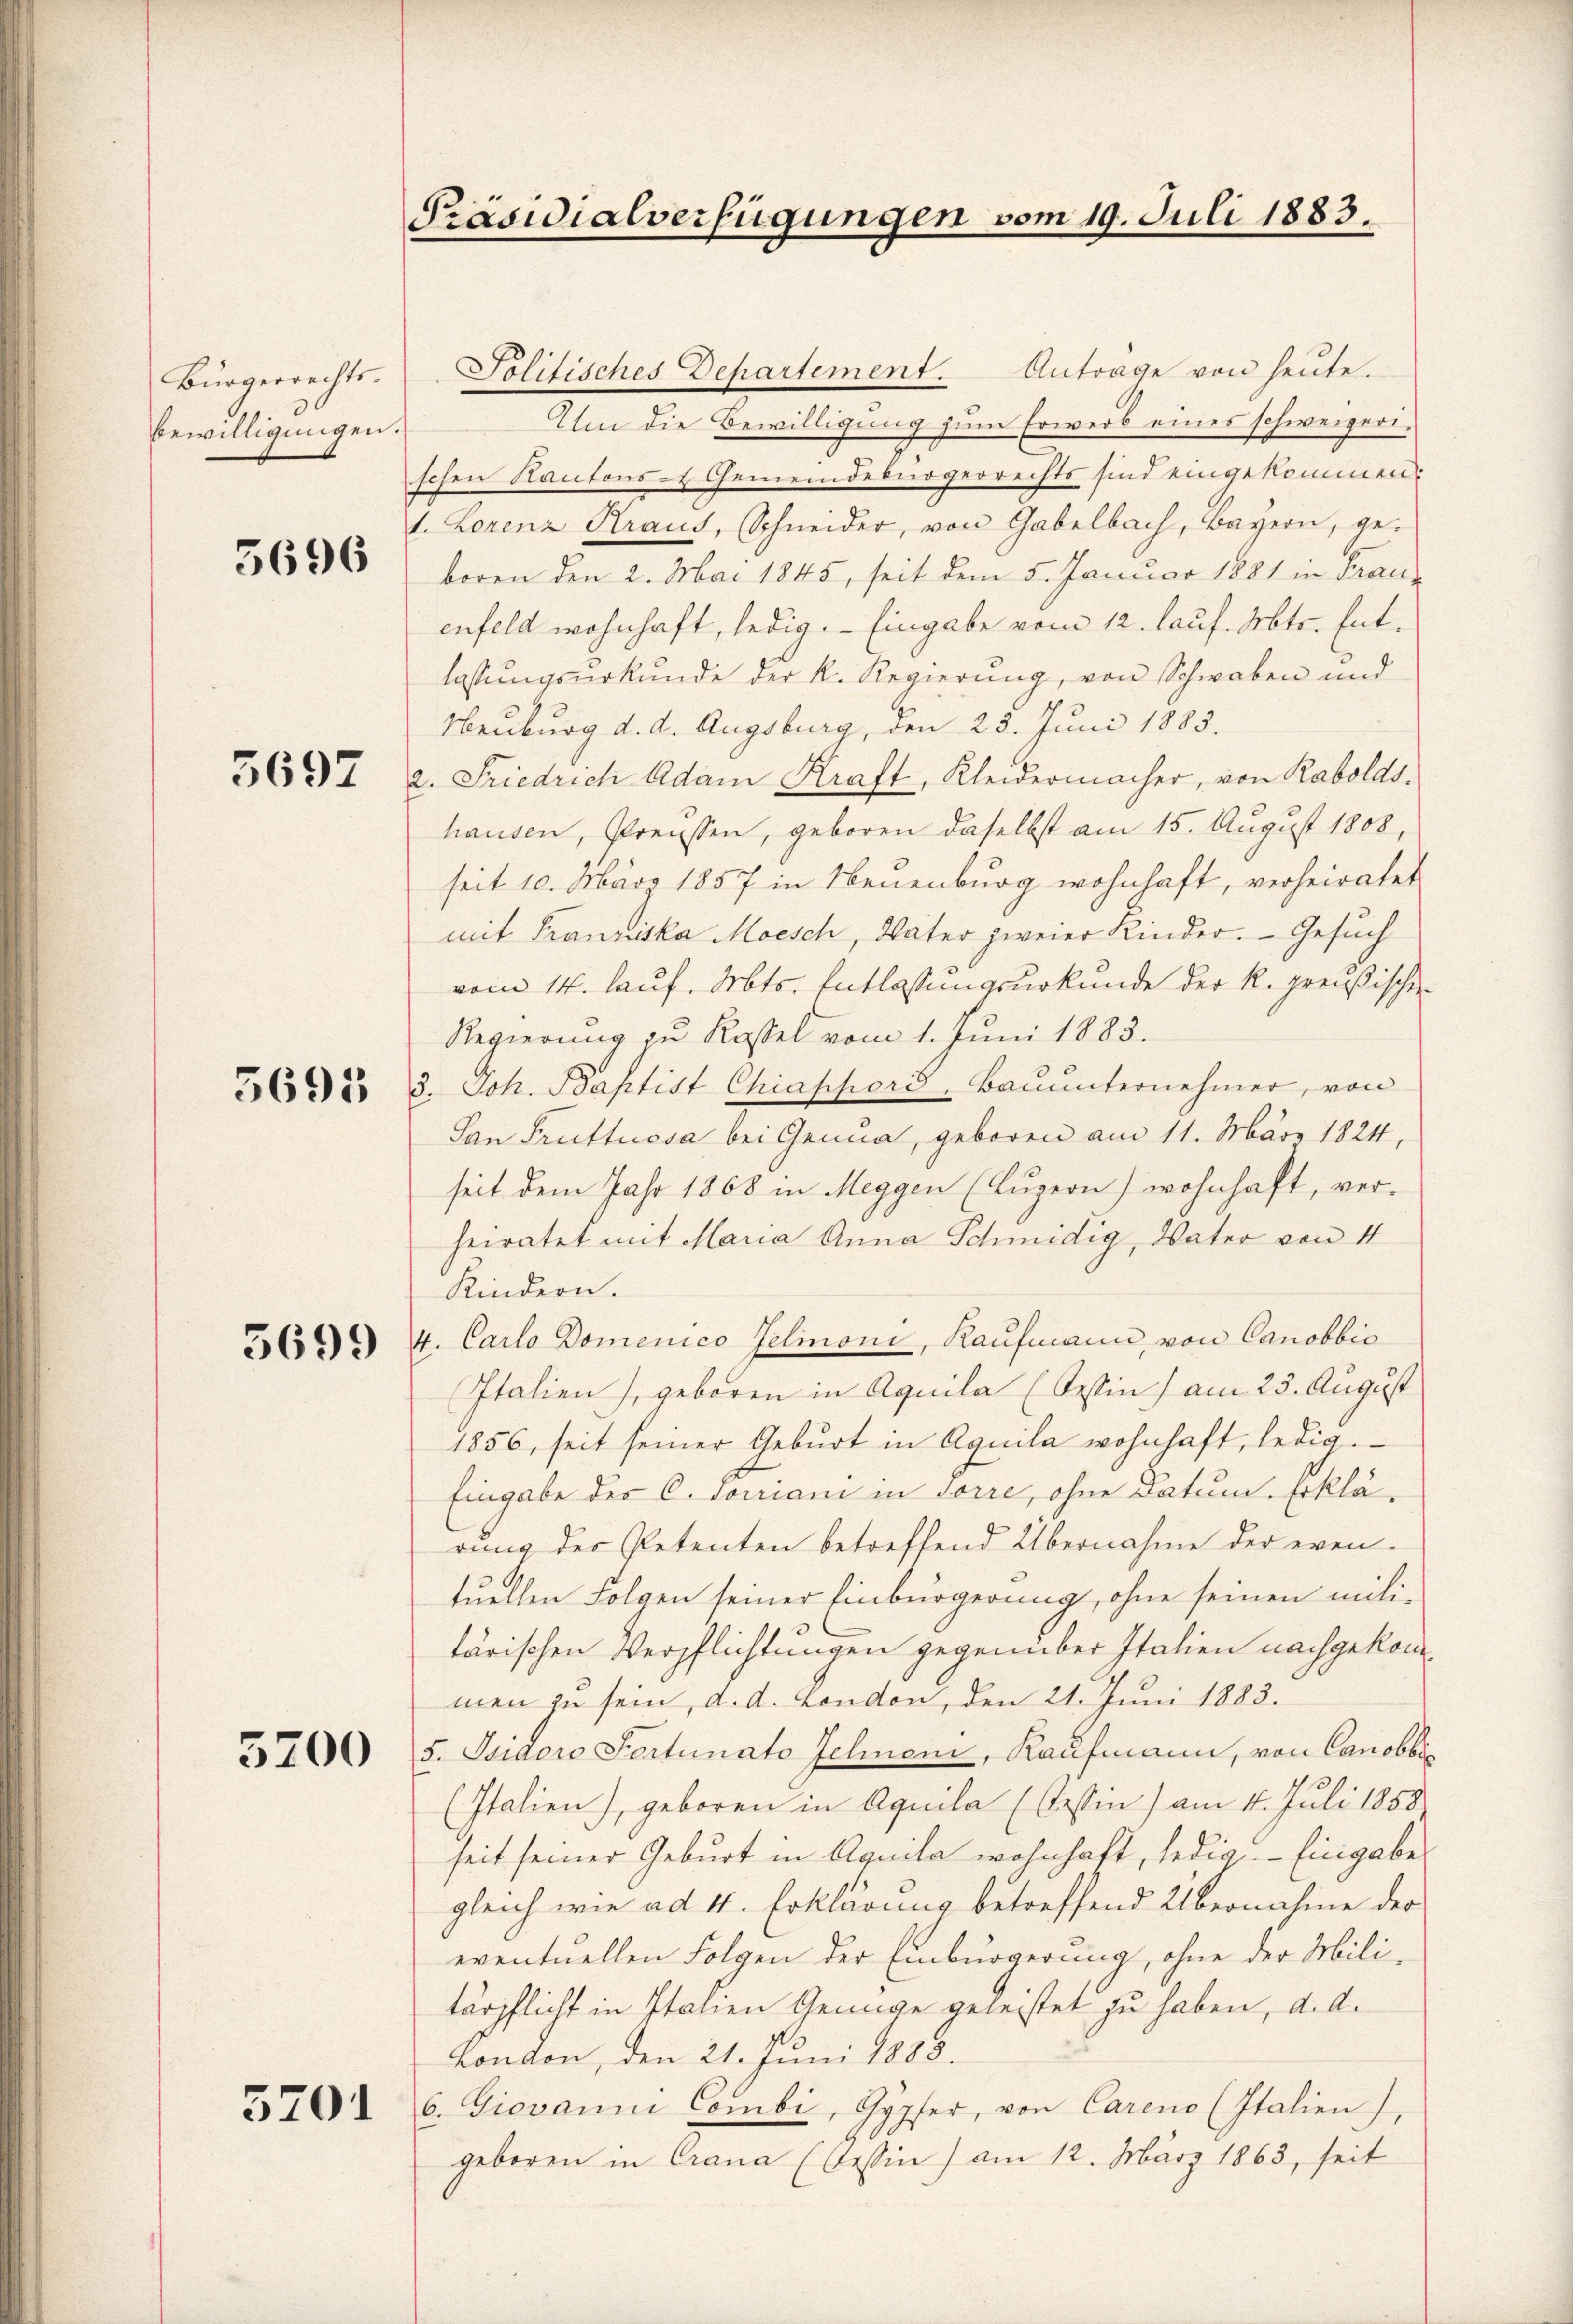
Bürgerrechts.
bewilligungen

5696

5697

5695

5200

5701

.
s

Präsidialverfügungen vom 19. Juli 1883.

Politisches Departement. Anträge von heŭte.
Um die Bewilligung zum Erwerb eines schweizerischen Kantons- & Gemeindebürgerrechts sind eingekommen:
1. Lorenz Kraus, Schneider, von Gabelbach, Bayern, ge-
boren den 2. Mai 1845, seit dem 5. Januar 1881 in Frauenfeld wohnhaft, ledig. Eingabe vom 12. lauf. Mts. Entlassŭngsŭrkŭnde der K. Regierŭng, von Schwaben und
Neuburg d. d. Augsburg, den 23. Juni 1883.
2. Friedrich Adam Kraft, Kleidermacher, von Rabolds.
hausen, Preussen, geboren daselbst am 15. August 1808,
seit 10. März 1857 in Neuenburg wohnhaft, verheiratet
mit Franziska Moesch, Vater zweier Kinder. Gesuch
vom 14. lauf. Mts. Entlassungsurkunde der k. preußischen
Regierung zu Rossel vom 1. Juni 1883.
3. Joh. Baptist Chiappord, Baŭŭnternehmer, von
San Fruttuosa bei Genua, geboren am 11. März 1824,
seit dem Jahr 1868 in Meggen (Luzern) wohnhaft, ver-
heiratet mit Maria Anna Schmidig, Vater von 4
Kindern.
369. 4. Carlo Domenico Jelioni, Kaufmann, von Canobbio
Italien), geboren in Aquila (Tessin) am 23. August
1856, seit seiner Geburt in Aquila wohnhaft, ledig.
Eingabe des C. Jorriani in Torre, ohne Datum. Erklärung des Petenten betreffend Übernahme der eventuellen Folgen seiner Einbürgerung, ohne seinen militärischen Verpflichtungen gegenüber Italien nachgekommen zu sein, d. d. London, den 21. Juni 1883.
5. Isidoro Fortunato Jelimoni, Kaufmann, von Canobbi.
(Italien), geboren in Aquila (Cessin) am 4. Juli 1858
seit seiner Geburt in Aquila wohnhaft, ledig. - Eingabe
gleich wie ad 4. Erklärung betreffend Übernahme der
eventuellen Folgen der Einbürgerung, ohne der Militärpflicht in Italien Genüge geleistet zu haben, d. d.
London, den 21. Juni 1888.
6. Giovanni Combi, Gypfer, von Careno (Italien),
geboren in Crana (Tessin) am 12. März 1863, seit